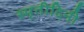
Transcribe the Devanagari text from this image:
स्मृतीदिनी